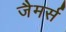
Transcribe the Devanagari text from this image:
जैमर्स